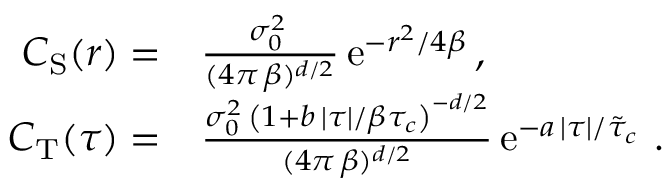
\begin{array} { r l } { C _ { \mathrm { S } } ( r ) = } & { \frac { \sigma _ { 0 } ^ { 2 } \, } { ( 4 \pi \, \beta ) ^ { d / 2 } } \, \mathrm { e } ^ { - r ^ { 2 } / 4 \beta } \, , } \\ { C _ { \mathrm { T } } ( \tau ) = } & { \frac { \sigma _ { 0 } ^ { 2 } \, \left( 1 + b \, \lvert \tau \rvert / \beta \tau _ { c } \right) ^ { - d / 2 } } { ( 4 \pi \, \beta ) ^ { d / 2 } } \, \mathrm { e } ^ { - a \, \lvert \tau \rvert / \tilde { \tau } _ { c } } \, \, . } \end{array}